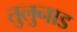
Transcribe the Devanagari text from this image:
तुलुनाड